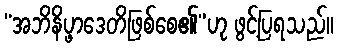
“အဘိနိပ္ဖာဒေတိဖြစ်စေ၏”ဟု ဖွင့်ပြရသည်။